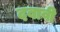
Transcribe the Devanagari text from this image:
दबावी